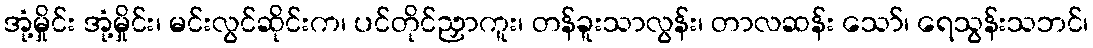
အုံ့မှိုင်း အုံ့မှိုင်း၊ မင်းလွင်ဆိုင်းက၊ ပင်တိုင်ညှာကူး၊ တန်ခူးသာလွန်း၊ တာလဆန်း သော်၊ ရေသွန်းသဘင်၊